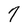
Character: 7